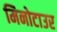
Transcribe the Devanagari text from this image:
मिनोटाउर